Vaccination in Bombay 1889-1901 - 1889-1901
Year: 1889
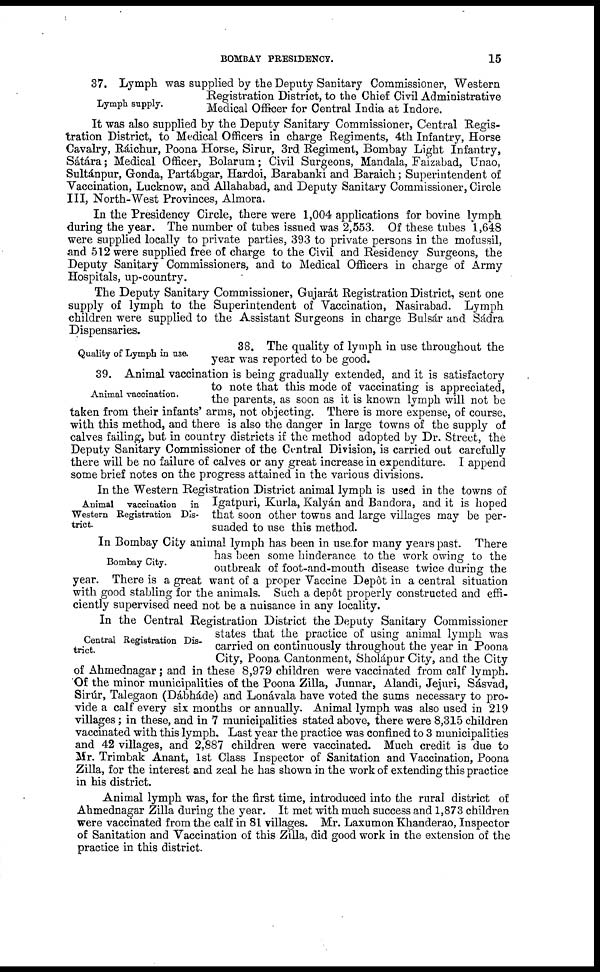
BOMBAY PRESIDENCY.
15
Lymph supply.
37. Lymph was supplied by the Deputy Sanitary Commissioner, Western
Registration District, to the Chief Civil Administrative
Medical Officer for Central India at Indore.
It was also supplied by the Deputy Sanitary Commissioner, Central Regis-
tration District, to Medical Officers in charge Regiments, 4th Infantry, Horse
Cavalry, Ráichur, Poona Horse, Sirur, 3rd Regiment, Bombay Light Infantry,
Sátára; Medical Officer, Bolarum; Civil Surgeons, Mandala, Faizabad, Unao,
Sultánpur, Gonda, Partábgar, Hardoi, Barabanki and Baraich; Superintendent of
Vaccination, Lucknow, and Allahabad, and Deputy Sanitary Commissioner, Circle
III, North-West Provinces, Almora.
In the Presidency Circle, there were 1,004 applications for bovine lymph
during the year. The number of tubes issued was 2,553. Of these tubes 1,648
were supplied locally to private parties, 393 to private persons in the mofussil,
and 512 were supplied free of charge to the Civil and Residency Surgeons, the
Deputy Sanitary Commissioners, and to Medical Officers in charge of Army
Hospitals, up-country.
The Deputy Sanitary Commissioner, Gujarát Registration District, sent one
supply of lymph to the Superintendent of Vaccination, Nasirabad. Lymph
children were supplied to the Assistant Surgeons in charge Bulsár and Sádra
Dispensaries.
Quality of Lymph in use.
38. The quality of lymph in use throughout the
year was reported to be good.
Animal vaccination.
39. Animal vaccination is being gradually extended, and it is satisfactory
to note that this mode of vaccinating is appreciated,
the parents, as soon as it is known lymph will not be
taken from their infants' arms, not objecting. There is more expense, of course,
with this method, and there is also the danger in large towns of the supply of
calves failing, but in country districts if the method adopted by Dr. Street, the
Deputy Sanitary Commissioner of the Central Division, is carried out carefully
there will be no failure of calves or any great increase in expenditure. I append
some brief notes on the progress attained in the various divisions.
Animal vaccination in
Western Registration Dis-
trict.
In the Western Registration District animal lymph is used in the towns of
Igatpuri, Kurla, Kalyán and Bandora, and it is hoped
that soon other towns and large villages may be per-
suaded to use this method.
Bombay City.
In Bombay City animal lymph has been in use for many years past. There
has been some hinderance to the work owing to the
outbreak of foot-and-mouth disease twice during the
year. There is a great want of a proper Vaccine Depôt in a central situation
with good stabling for the animals. Such a depôt properly constructed and effi-
ciently supervised need not be a nuisance in any locality.
Central Registration Dis-
trict.
In the Central Registration District the Deputy Sanitary Commissioner
states that the practice of using animal lymph was
carried on continuously throughout the year in Poona
City, Poona Cantonment, Sholápur City, and the City
of Ahmednagar; and in these 8,979 children were vaccinated from calf lymph.
Of the minor municipalities of the Poona Zilla, Junnar, Alandi, Jejuri, Sásvad,
Sirúr, Talegaon (Dábháde) and Lonávala have voted the sums necessary to pro-
vide a calf every six months or annually. Animal lymph was also used in 219
villages; in these, and in 7 municipalities stated above, there were 8,315 children
vaccinated with this lymph. Last year the practice was confined to 3 municipalities
and 42 villages, and 2,887 children were vaccinated. Much credit is due to
Mr. Trimbak Anant, 1st Class Inspector of Sanitation and Vaccination, Poona
Zilla, for the interest and zeal he has shown in the work of extending this practice
in his district.
Animal lymph was, for the first time, introduced into the rural district of
Ahmednagar Zilla during the year. It met with much success and 1,873 children
were vaccinated from the calf in 81 villages. Mr. Laxumon Khanderao, Inspector
of Sanitation and Vaccination of this Zilla, did good work in the extension of the
practice in this district.